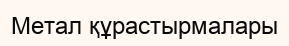
Метал құрастырмалары